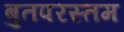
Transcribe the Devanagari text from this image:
बुतपरस्तम